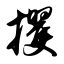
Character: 攫